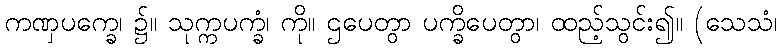
ကဏှပက္ခေ၊ ၌။ သုက္ကပက္ခံ၊ ကို။ ဌပေတွာ ပက္ခိပေတွာ၊ ထည့်သွင်း၍။ (သေသံ၊